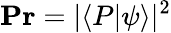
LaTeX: \mathbf{Pr}=\vert\langle P\vert\psi\rangle\vert^{2}